Calcutta medical institutions reports 1892-1900
Year: 1892
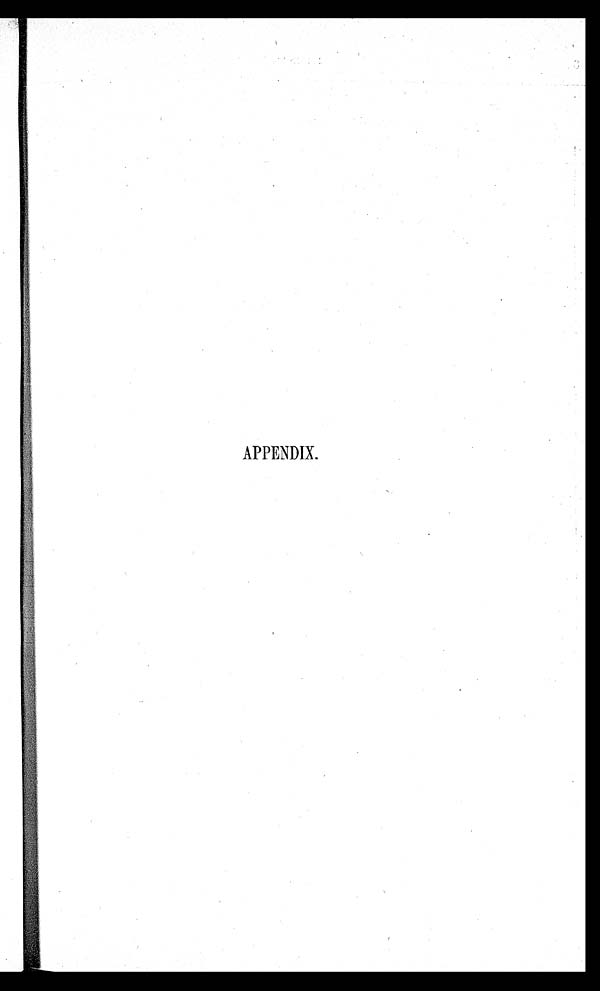
APPENDIX.